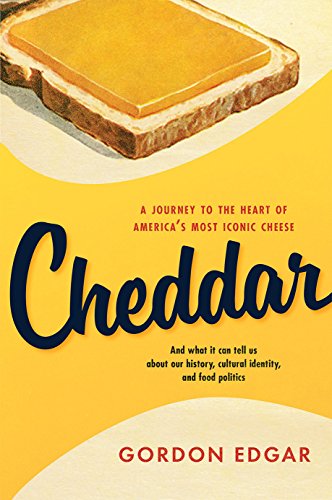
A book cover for Cheddar: A Journey to the Heart of America's Most Iconic Cheese; Gordon Edgar; Cookbooks, Food & Wine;